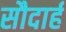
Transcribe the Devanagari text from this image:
सौदार्ह